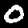
Label: 0